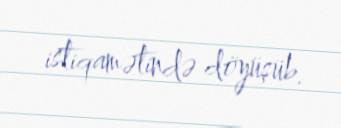
istiqamətində döyüşüb.